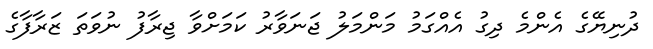
ދުނިޔޭގެ އެންމެ ދިގު އެއްގަމު މަންމަލު ޖަނަވާރު ކަމަށްވާ ޖިރާފު ނުވަތަ ޒަރާފާގެ